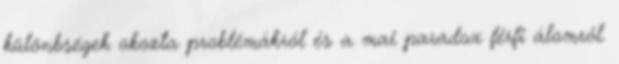
különbségek okozta problémákról és a mai paradox férfi álomról.